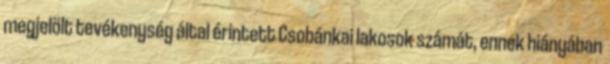
megjelölt tevékenység által érintett Csobánkai lakosok számát, ennek hiányában